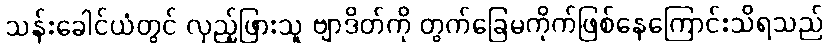
သန်းခေါင်ယံတွင် လှည့်ဖြားသူ ဗျာဒိတ်ကို တွက်ခြေမကိုက်ဖြစ်နေကြောင်းသိရသည်